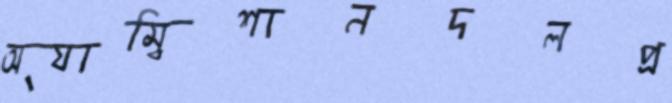
অ্যাম্বিশানদলপ্র